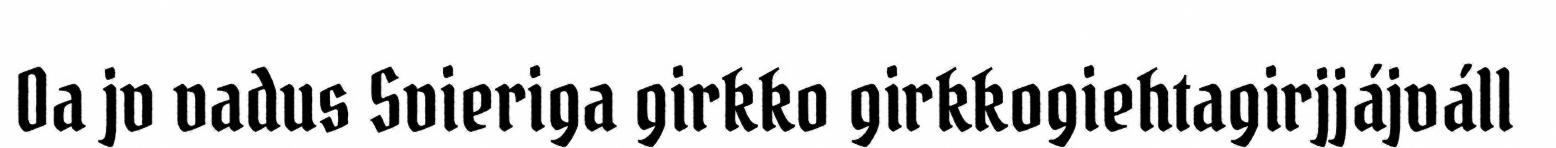
Oa jv vadus Svieriga girkko girkkogiehtagirjjájváll